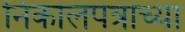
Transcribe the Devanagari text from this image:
निकालपत्राच्या